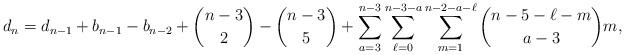
LaTeX: \begin{align*}d_n=d_{n-1}+b_{n-1}-b_{n-2}+\binom{n-3}{2}-\binom{n-3}{5}+\sum_{a=3}^{n-3}\sum_{\ell=0}^{n-3-a}\sum_{m=1}^{n-2-a-\ell}\binom{n-5-\ell-m}{a-3}m,\\\end{align*}